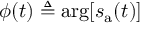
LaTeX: \phi ( t ) \triangleq \arg \! \left[ s _ { \mathrm { a } } ( t ) \right]